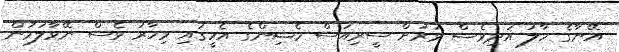
އޭނާގެ ހާލު އަދިވެސް ވަރަށް ސީރިއަސް މެޝިންގެ އެހީގައި މިހާރު ވެސް ނޭވާލަމުން